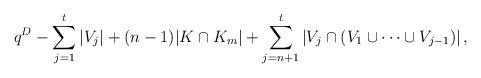
LaTeX: \begin{align*}q^{D} - \sum_{j=1}^{t} |V_j| + (n-1) |K\cap K_m| + \sum_{j=n+1}^{t} \left|V_j \cap (V_1 \cup \cdots \cup V_{j-1}) \right|,\end{align*}